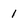
Character: 1